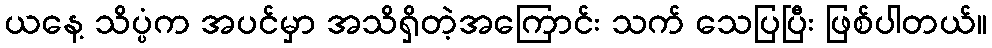
ယနေ့ သိပ္ပံက အပင်မှာ အသိရှိတဲ့အကြောင်း သက် သေပြပြီး ဖြစ်ပါတယ်။